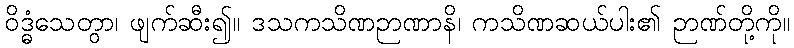
ဝိဒ္ဓံသေတွာ၊ ဖျက်ဆီး၍။ ဒသကသိဏဉာဏာနိ၊ ကသိဏဆယ်ပါး၏ ဉာဏ်တို့ကို။